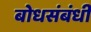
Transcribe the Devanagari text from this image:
बोधसंबंधी